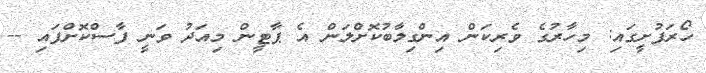
ހޯރަފުށީގައި: މިހާރުގެ ވެރިކަން އިންގިލާބުކޮށްލަން އެ ޕާޓީން މިއަދު ވަނީ ފާސްކޮށްފައި --